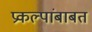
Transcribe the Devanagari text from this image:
प्रकल्पांबाबत